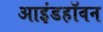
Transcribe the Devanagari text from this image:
आइंडहॉवन